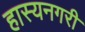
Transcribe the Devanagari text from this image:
हास्यनगरी